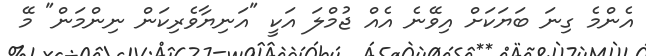
އެންމެ ގިނަ ބަޔަކަށް އިވޭނެ އެއް ޖުމްލަ އަކީ "އަނިޔާވެރިކަން ނިންމަން" މޭ